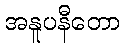
အနူပနီတော